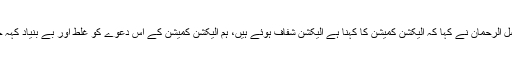
مولانا فضل الرحمان نے کہا کہ الیکشن کمیشن کا کہنا ہے الیکشن شفاف ہوئے ہیں، ہم الیکشن کمیشن کے اس دعوے کو غلط اور بے بنیاد کہہ چکے ہیں۔